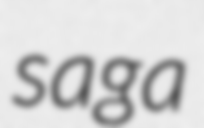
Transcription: saga